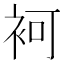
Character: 袔